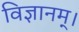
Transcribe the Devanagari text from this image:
विज्ञानम्।